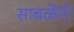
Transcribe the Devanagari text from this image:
साबळेंनी